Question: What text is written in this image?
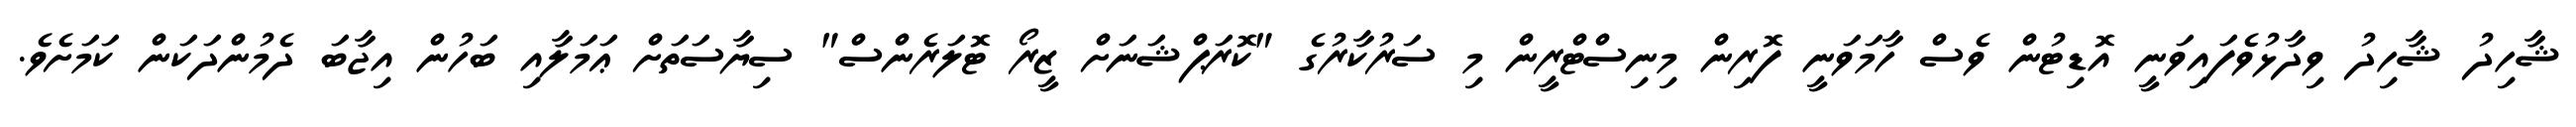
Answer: ޝާހިދު ޝާހިދު ވިދާޅުވެފައިވަނީ އޮޑިޓުން ވެސް ހާމަވަނީ ފޮރިން މިނިސްޓްރީން މި ސަރުކާރުގެ "ކޮރަޕްޝަނަށް ޒީރޯ ޓޮލަރެންސް" ސިޔާސަތަށް ޢަމަލާއި ބަހުން އިޖާބަ ދެމުންދަކަން ކަމަށެވެ.